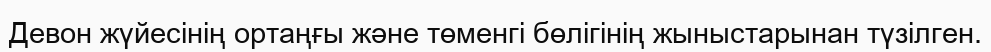
Девон жүйесінің ортаңғы және төменгі бөлігінің жыныстарынан түзілген.